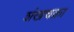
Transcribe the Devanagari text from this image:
शंखचक्रा